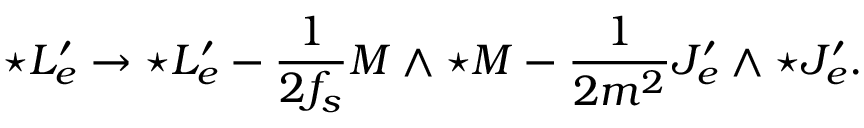
{ \star { \cal L } _ { e } ^ { \prime } } \to { \star { \cal L } _ { e } ^ { \prime } } - \frac { 1 } { 2 f _ { s } } { \cal M } \wedge { \star \cal M } - \frac { 1 } { 2 m ^ { 2 } } { \cal J } _ { e } ^ { \prime } \wedge { \star { \cal J } _ { e } ^ { \prime } } .